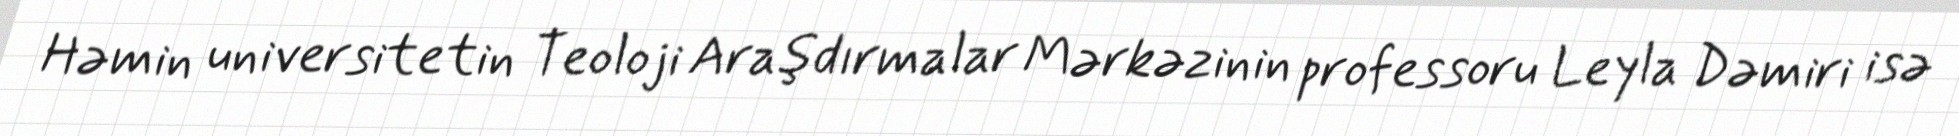
Həmin universitetin Teoloji Araşdırmalar Mərkəzinin professoru Leyla Dəmiri isə